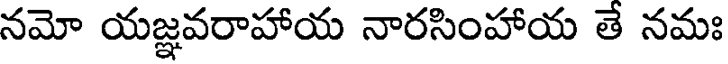
నమో యజ్ఞవరాహాయ నారసింహాయ తే నమః